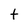
Character: t